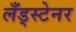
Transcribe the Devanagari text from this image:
लँड्स्टेनर